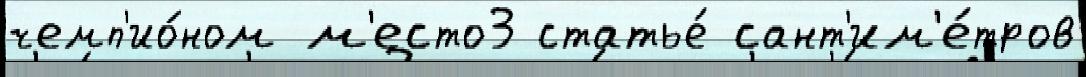
чемп'ио́ном м'есто3 статье́ сант'им'е́тров